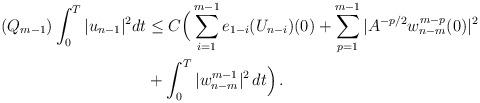
LaTeX: \begin{align*} (Q_{m-1}) \int_0^T |u_{n-1}|^2 dt & \le C\Big(\sum_{i=1}^{m-1} e_{1-i}(U_{n-i})(0) + \sum_{p=1}^{m-1} |A^{-p/2} w_{n-m}^{m-p}(0)|^2 \\&+\int_0^T |w_{n-m}^{m-1}|^2 \,dt\Big) \,.\end{align*}